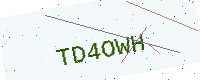
Text: TD4OWH